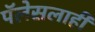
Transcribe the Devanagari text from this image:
पॅलेसलाही